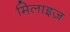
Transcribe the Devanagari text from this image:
मिलाइज़